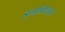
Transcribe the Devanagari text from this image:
इन्फ़ेक्शस्